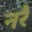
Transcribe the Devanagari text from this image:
नरै